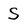
Character: S